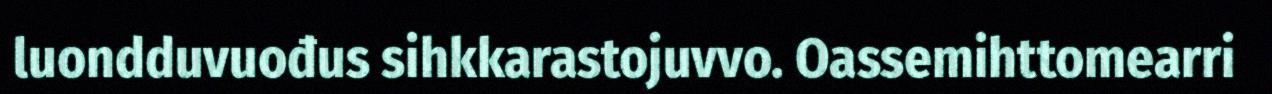
luondduvuođus sihkkarastojuvvo. Oassemihttomearri